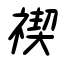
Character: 禊